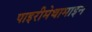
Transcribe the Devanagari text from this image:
पाइरीमेथामाइन